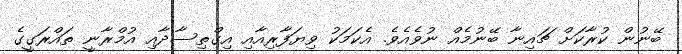
ބޭނުން ކުރާކަށް ޗައިނާ ބޭނުމެއް ނުވެއެވެ. އެކަމަކު ވިޔަފާރިއާއި އިގްތިސާދާއި އުމްރާނީ ތައްރަގީގެ